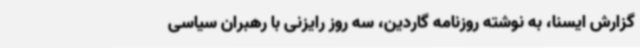
گزارش ایسنا، به نوشته روزنامه گاردین، سه روز رایزنی با رهبران سیاسی